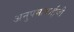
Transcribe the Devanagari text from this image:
अनुपमाबाईंची